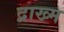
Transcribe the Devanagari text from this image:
द्राख्म